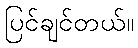
ပြင်ချင်တယ်။